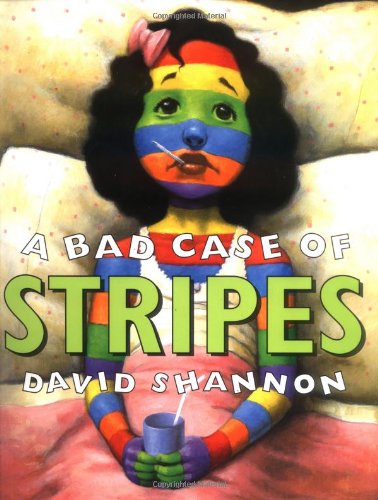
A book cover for A Bad Case Of Stripes; Children's Books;